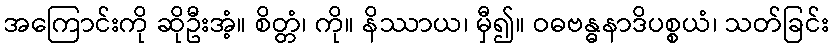
အကြောင်းကို ဆိုဦးအံ့။ စိတ္တံ၊ ကို။ နိဿာယ၊ မှီ၍။ ဝဓဗန္ဓနာဒိပစ္စယံ၊ သတ်ခြင်း